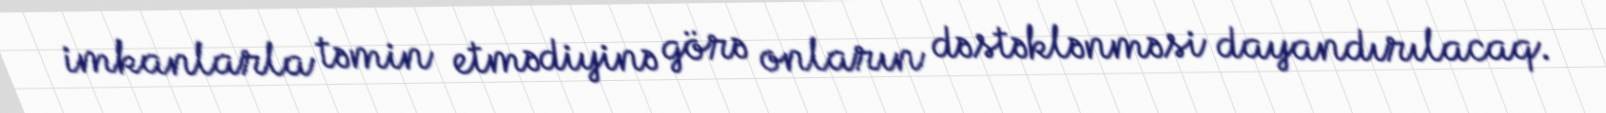
imkanlarla təmin etmədiyinə görə onların dəstəklənməsi dayandırılacaq.